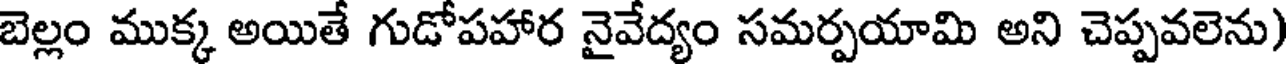
బెల్లం ముక్క అయితే గుడోపహార నైవేద్యం సమర్పయామి అని చెప్పవలెను)